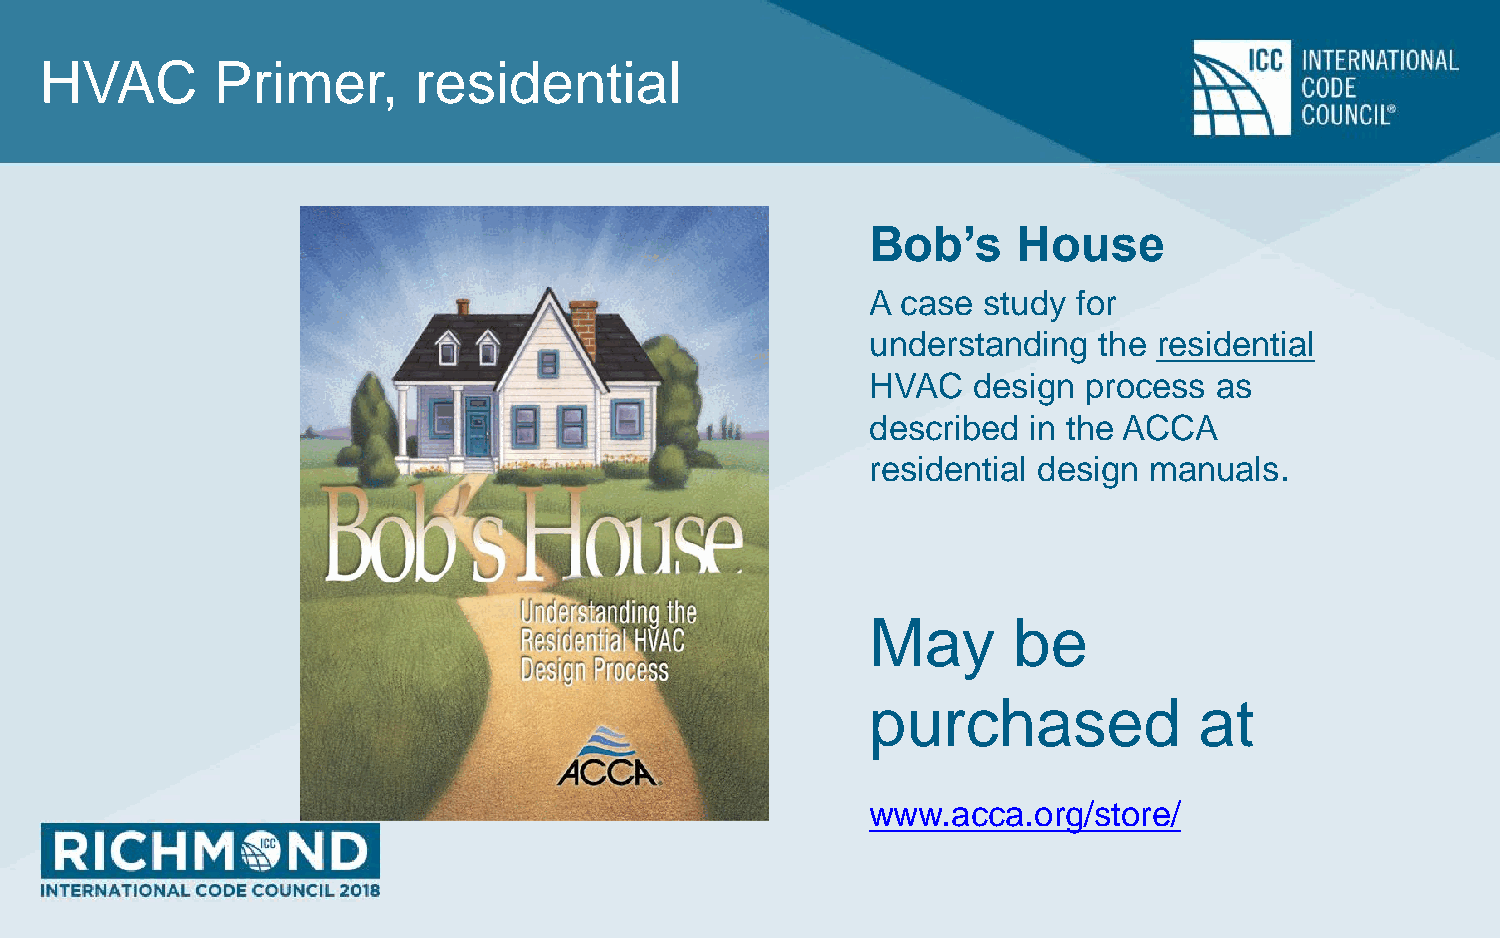
HVAC       Primer,      residential
 Bob’s    House
 A case study for
 understanding  the residential
 HVAC  design  process  as
 described in the ACCA
 residential design manuals.
 May      be
 purchased            at
 www.acca.org/store/